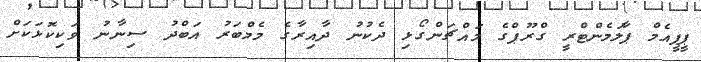
ޕީޕީއެމް ޕާލަމެންޓްރީ ގްރޫޕްގެ މައްޗަންގޯޅި ދެކުނު ދާއިރާގެ މެމްބަރު އަބްދު ސިނާނު ވަކިކޮޅަކަށް